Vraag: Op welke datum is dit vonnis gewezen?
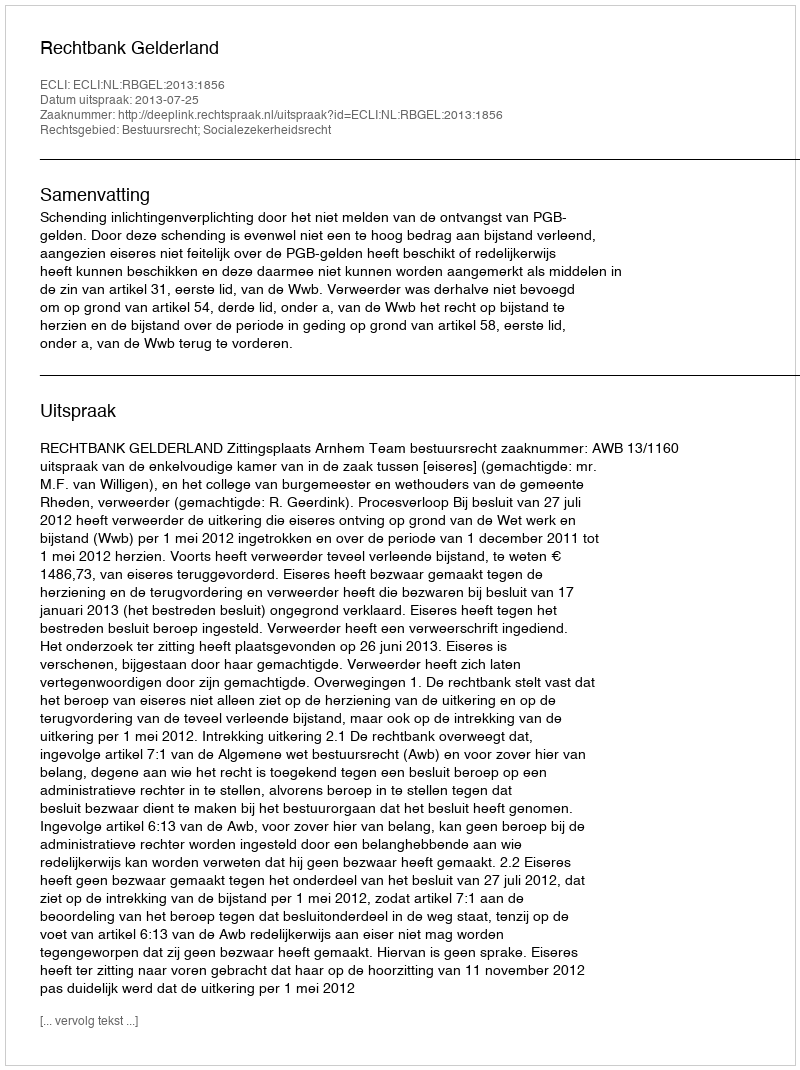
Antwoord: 2013-07-25